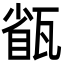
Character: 㼳